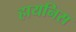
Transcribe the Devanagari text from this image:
हायनिस